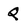
Character: Q